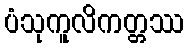
ပံသုကူလိကတ္တဿ